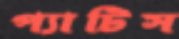
প্যাটিস